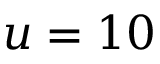
u = 1 0